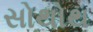
સોથોથ